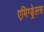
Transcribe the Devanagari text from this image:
एमिग्ड्रेलस